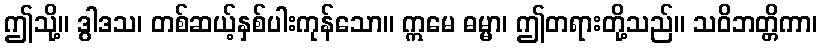
ဤသို့။ ဒွါဒသ၊ တစ်ဆယ့်နှစ်ပါးကုန်သော။ ဣမေ ဓမ္မာ၊ ဤတရားတို့သည်။ သဝိဘတ္တိကာ၊